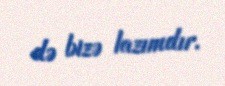
də bizə lazımdır.